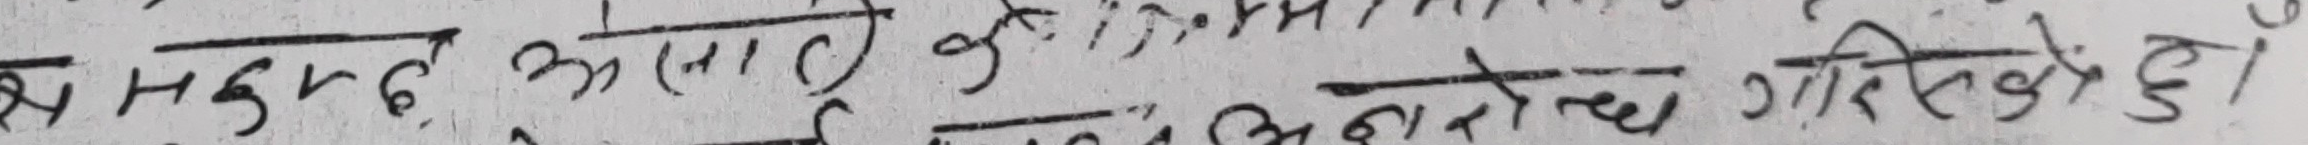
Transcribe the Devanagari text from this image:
मभ५२६ अमानव (न) के १११) के कार्यान्वयने गरीएको छ ।